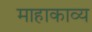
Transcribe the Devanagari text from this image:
माहाकाव्य